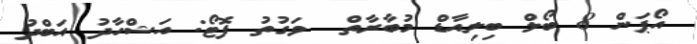
އޯޕަން 8 ބޯލް ބިލިއާޑް މުބާރާތް  ވަގުތު ފޮޓޯ: އަޝްހާދު އަބްދު